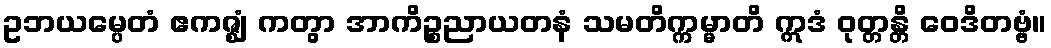
ဥဘယမ္ပေတံ ဧကဇ္ဈံ ကတွာ အာကိဉ္စညာယတနံ သမတိက္ကမ္မာတိ ဣဒံ ဝုတ္တန္တိ ဝေဒိတဗ္ဗံ။